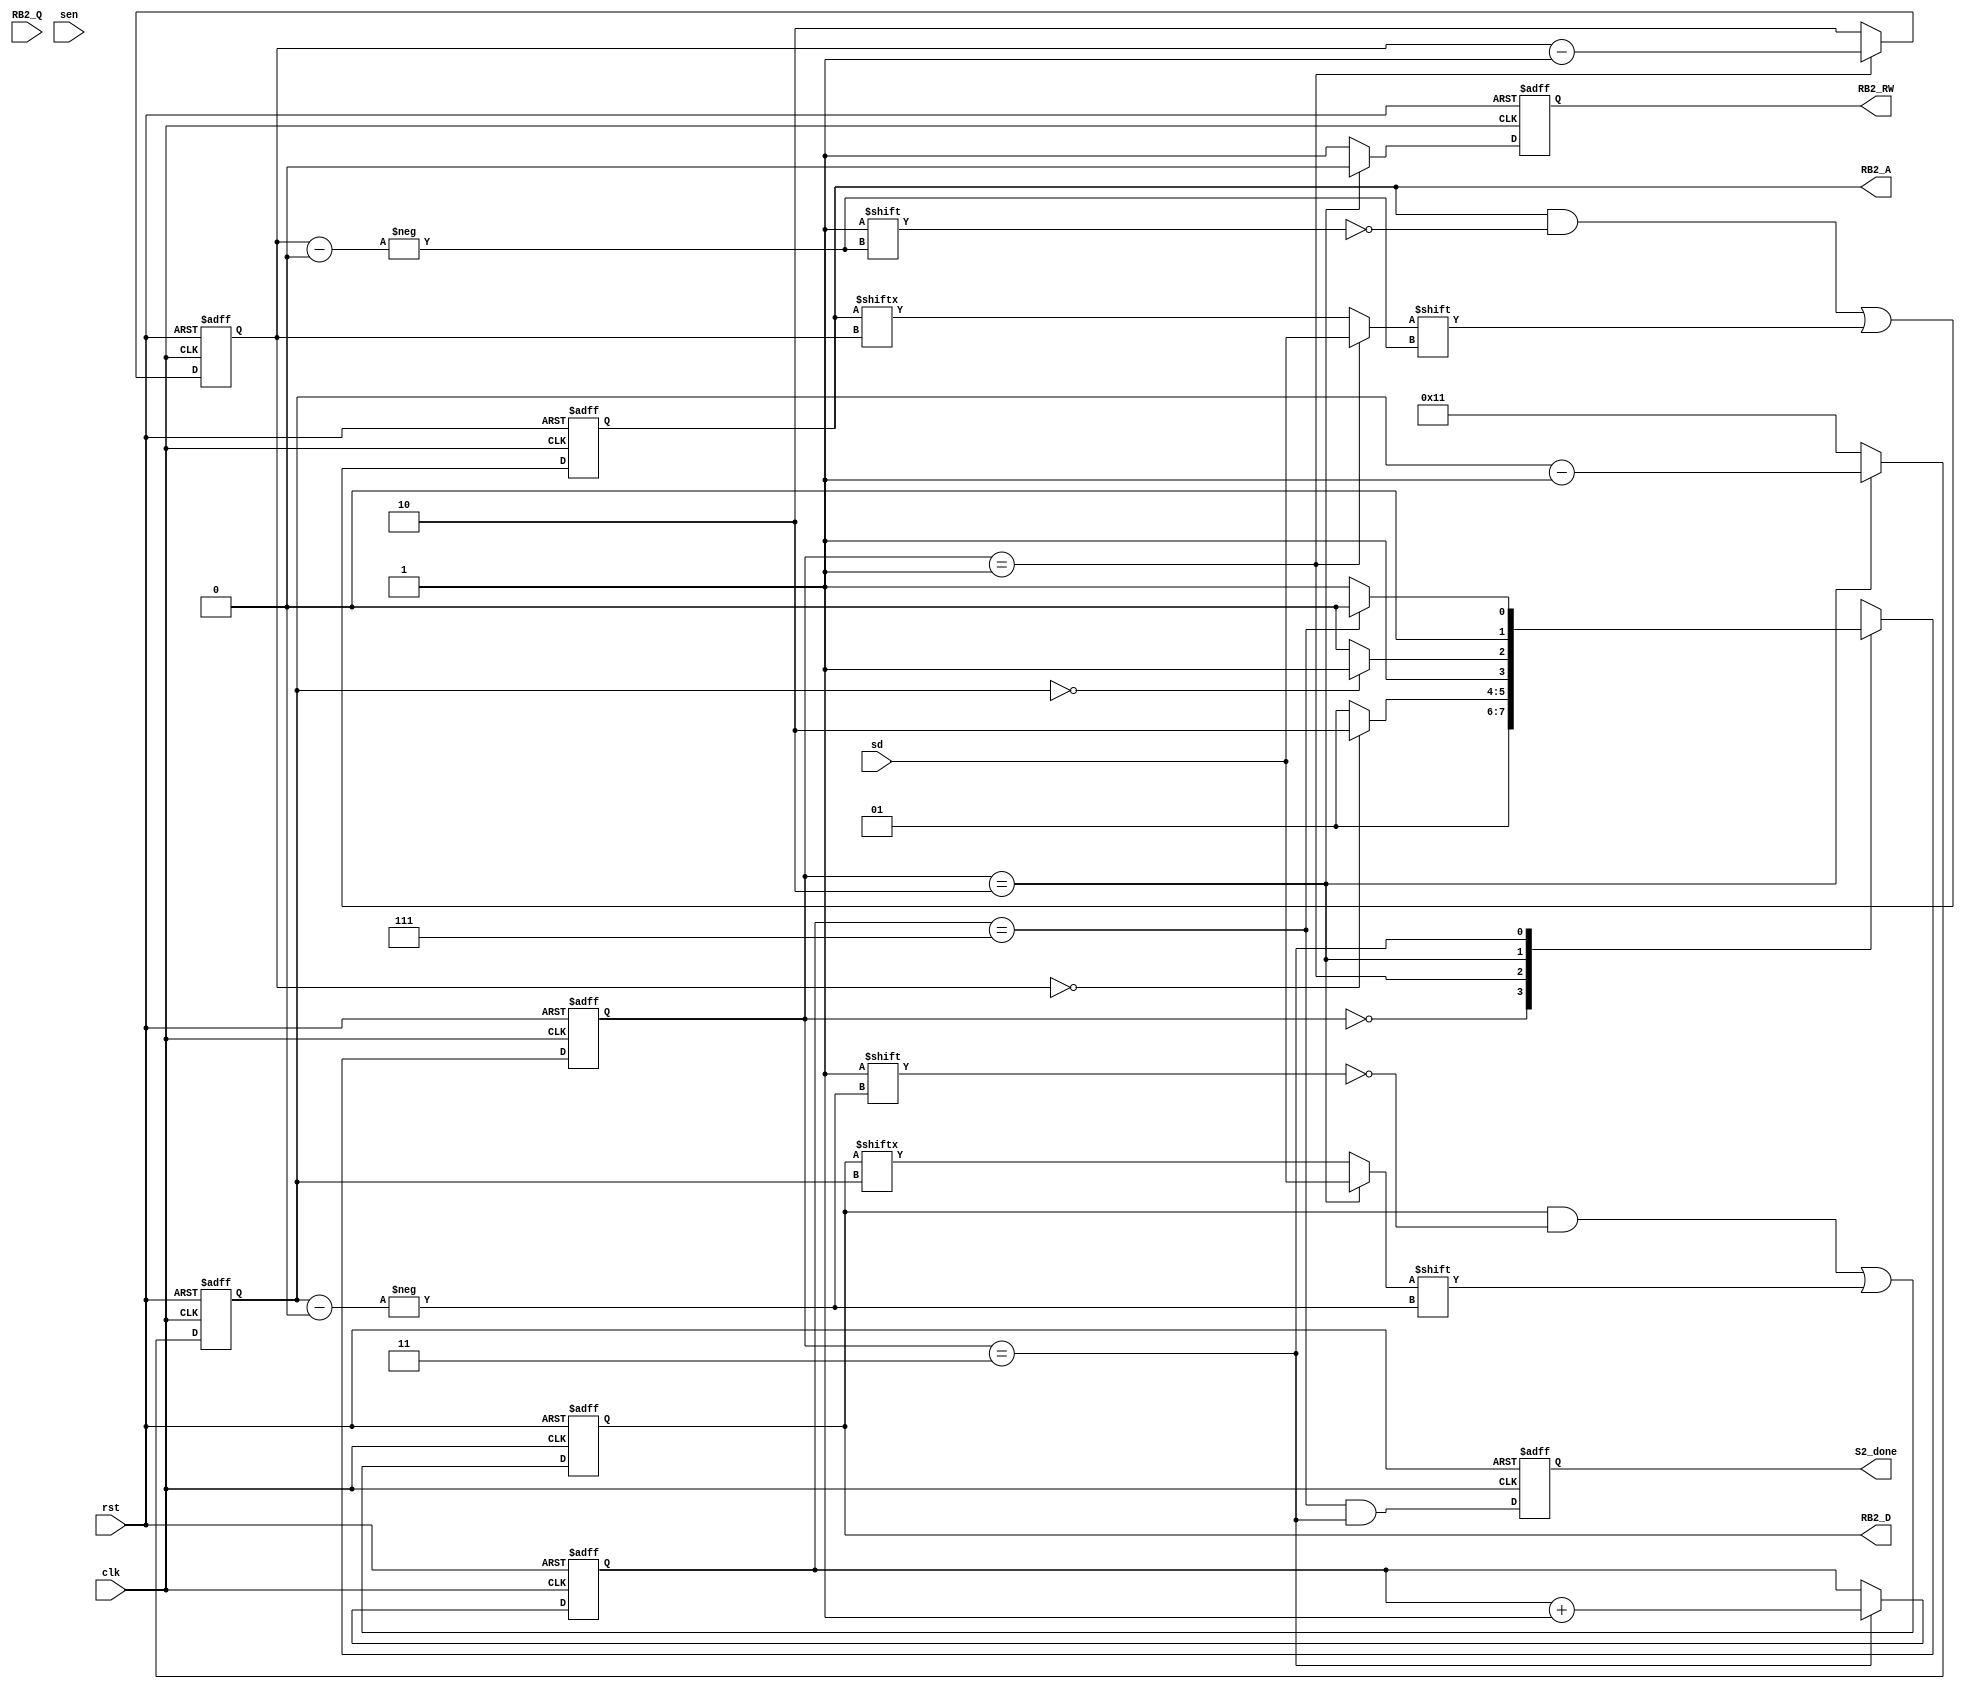
module S2(clk,
	  rst,
	  S2_done,
	  RB2_RW,
	  RB2_A,
	  RB2_D,
	  RB2_Q,
	  sen,
	  sd);

input clk, rst;
output reg S2_done; 
output reg RB2_RW;
output reg [2:0] RB2_A;
output reg [17:0] RB2_D;
input [17:0] RB2_Q;
input sen, sd;

reg [1:0] state,next_state;

reg [1:0] cnt_addr_bit;
reg [4:0] cnt_data;
reg [2:0] cnt_package;

always @(posedge clk or posedge rst) begin
	if(rst) state <= 2'b0;
	else state <= next_state;
end

always @(*) begin
	case(state)
		2'b0:begin  //idle
			next_state = 2'b1;
		end
		2'b1:begin //address
			next_state = (cnt_addr_bit == 2'b0) ? 2'b10 : 2'b1;
		end
		2'b10:begin //data
			next_state = (cnt_data == 5'b0) ? 2'b11 : 2'b10;
		end
		2'b11:begin //done
			next_state = (cnt_package == 3'b111) ? 2'b0 : 2'b1; 
		end
	endcase
end

always @(posedge clk or posedge rst) begin
	if(rst) S2_done <= 1'b0;
	else S2_done <= (cnt_package == 3'b111 & state == 2'b11);
end

always @(posedge clk or posedge rst) begin
	if(rst) RB2_RW <= 1'b1;
	else if(state == 2'b10) RB2_RW <= 1'b0;
	else RB2_RW <= 1'b1;
end

always @(posedge clk or posedge rst) begin
	if(rst) begin
		RB2_A <= 3'b0;
	end
	else begin
		RB2_A[cnt_addr_bit] <= (state == 2'b1) ? sd : RB2_A[cnt_addr_bit];
	end
end

always @(posedge clk or posedge rst) begin
	if(rst) begin
		RB2_D <= 18'b0;
	end
	else begin
		RB2_D[cnt_data] <= (state == 2'b10) ? sd : RB2_D[cnt_data];
	end
end

always @(posedge clk or posedge rst) begin
	if(rst) begin
		cnt_package <= 3'b0;
	end
	else begin
		cnt_package <= (state == 2'b11) ? cnt_package + 1'b1 : cnt_package;
	end
end

always @(posedge clk or posedge rst) begin
	if(rst) begin
		cnt_addr_bit <= 2'b10;
	end
	else begin
		cnt_addr_bit <= (state == 2'b1) ? cnt_addr_bit - 1'b1 : 2'b10;
	end
end

always @(posedge clk or posedge rst) begin
	if(rst) begin
		cnt_data <= 5'b10001;
	end
	else begin
		cnt_data <= (state == 2'b10) ? cnt_data - 1'b1 : 5'b10001;
	end
end



endmodule